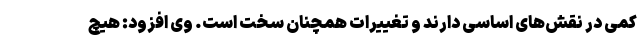
کمی در نقش‌های اساسی دارند و تغییرات همچنان سخت است. وی افزود: هیچ